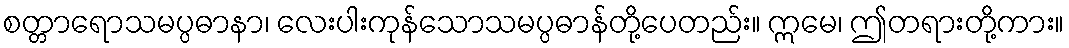
စတ္တာရောသမပ္ပဓာနာ၊ လေးပါးကုန်သောသမပ္ပဓာန်တို့ပေတည်း။ ဣမေ၊ ဤတရားတို့ကား။